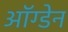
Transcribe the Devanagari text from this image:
ऑग्डेन